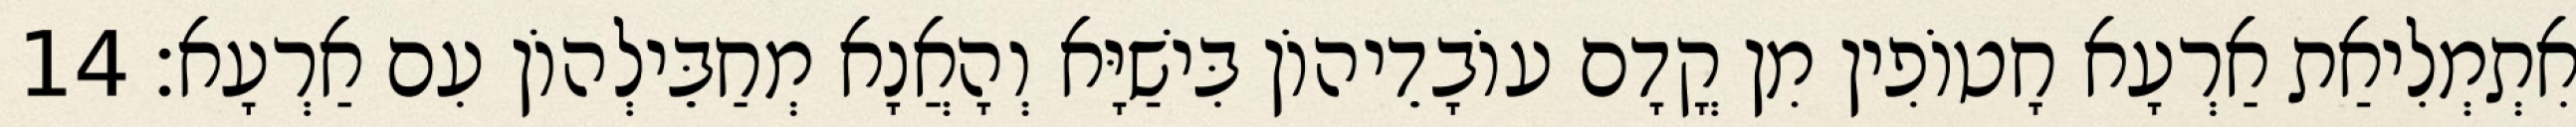
אִתְמְלִיאַת אַרְעָא חָטוֹפִין מִן קֳדָם עוֹבָדֵיהוֹן בִּישַׁיָּא וְהָאֲנָא מְחַבֵּילְהוֹן עִם אַרְעָא׃ 14